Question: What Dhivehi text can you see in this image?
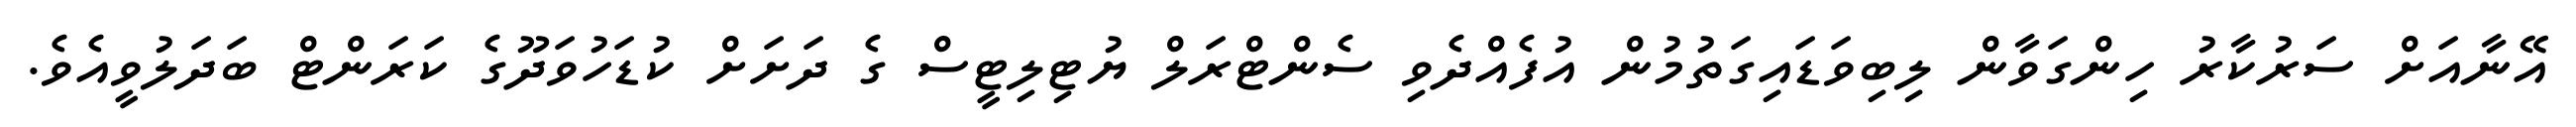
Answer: އޭނާއަށް ސަރުކާރު ހިންގަވާން ލިބިވަޑައިގަތުމުން އުފެއްދެވި ސެންޓްރަލް ޔުޓިލިޓީސް ގެ ދަށަށް ކުޑަހުވަދޫގެ ކަރަންޓް ބަދަލުވީއެވެ.